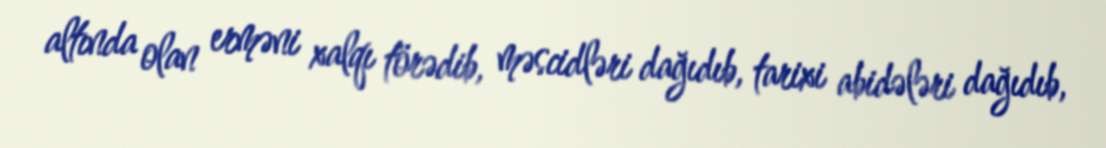
altında olan erməni xalqı törədib, məscidləri dağıdıb, tarixi abidələri dağıdıb,